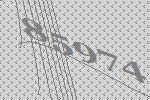
85974